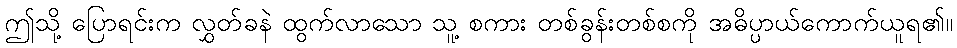
ဤသို့ ပြောရင်းက လွှတ်ခနဲ ထွက်လာသော သူ့ စကား တစ်ခွန်းတစ်စကို အဓိပ္ပာယ်ကောက်ယူရ၏။